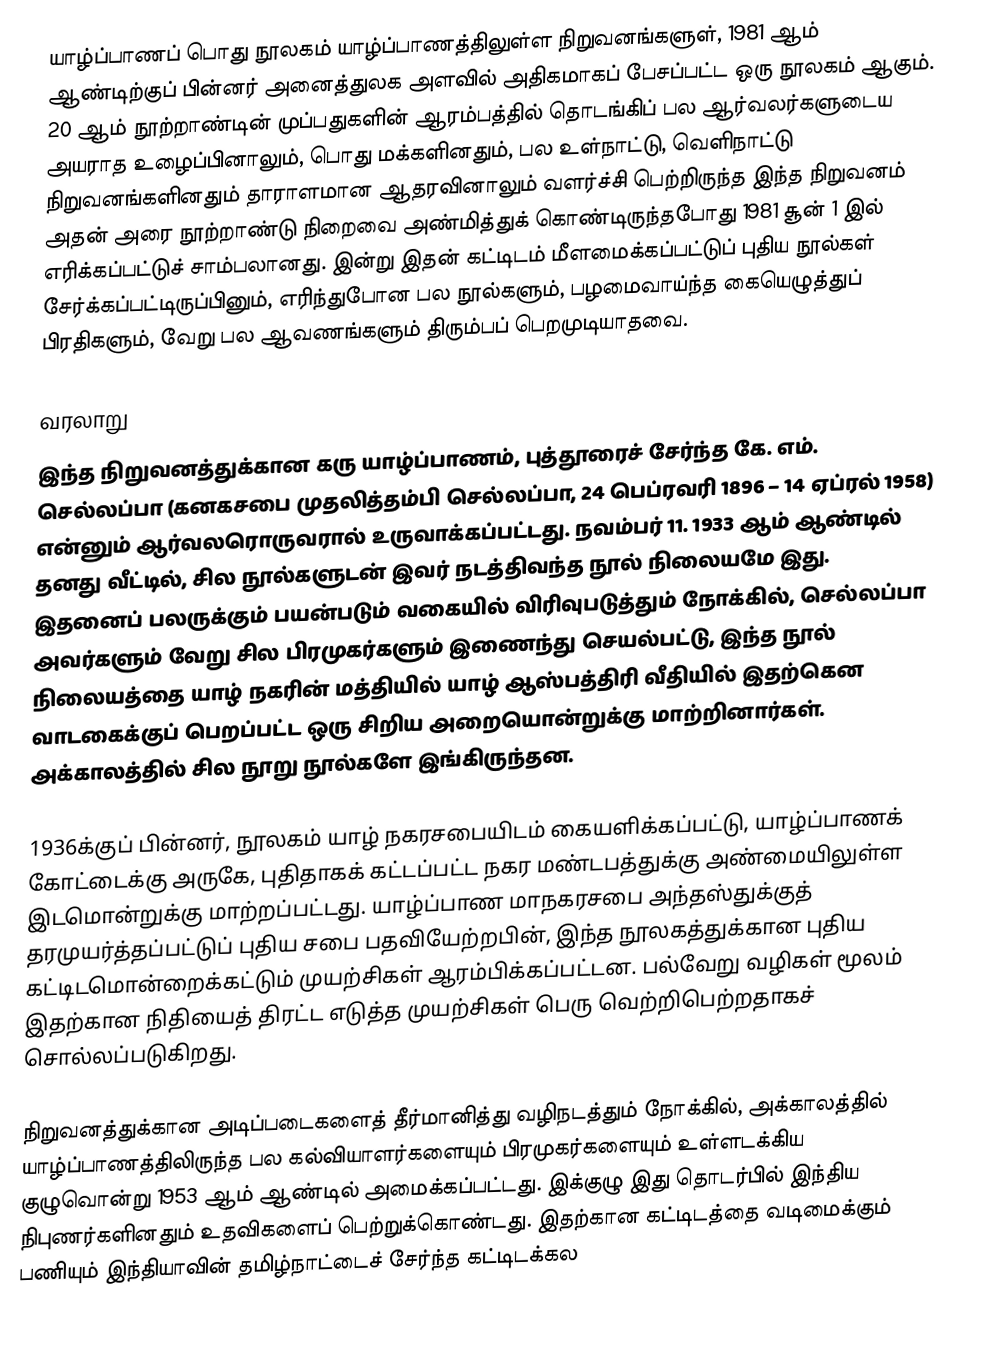
யாழ்ப்பாணப் பொது நூலகம் யாழ்ப்பாணத்திலுள்ள நிறுவனங்களுள், 1981 ஆம் ஆண்டிற்குப் பின்னர் அனைத்துலக அளவில் அதிகமாகப் பேசப்பட்ட ஒரு நூலகம் ஆகும். 20 ஆம் நூற்றாண்டின் முப்பதுகளின் ஆரம்பத்தில் தொடங்கிப் பல ஆர்வலர்களுடைய அயராத உழைப்பினாலும், பொது மக்களினதும், பல உள்நாட்டு, வெளிநாட்டு நிறுவனங்களினதும் தாராளமான ஆதரவினாலும் வளர்ச்சி பெற்றிருந்த இந்த நிறுவனம் அதன் அரை நூற்றாண்டு நிறைவை அண்மித்துக் கொண்டிருந்தபோது 1981 சூன் 1 இல் எரிக்கப்பட்டுச் சாம்பலானது. இன்று இதன் கட்டிடம் மீளமைக்கப்பட்டுப் புதிய நூல்கள் சேர்க்கப்பட்டிருப்பினும், எரிந்துபோன பல நூல்களும், பழமைவாய்ந்த கையெழுத்துப் பிரதிகளும், வேறு பல ஆவணங்களும் திரும்பப் பெறமுடியாதவை.

வரலாறு
இந்த நிறுவனத்துக்கான கரு யாழ்ப்பாணம், புத்தூரைச் சேர்ந்த கே. எம். செல்லப்பா (கனகசபை முதலித்தம்பி செல்லப்பா, 24 பெப்ரவரி 1896 – 14 ஏப்ரல் 1958) என்னும் ஆர்வலரொருவரால் உருவாக்கப்பட்டது. நவம்பர் 11. 1933 ஆம் ஆண்டில் தனது வீட்டில், சில நூல்களுடன் இவர் நடத்திவந்த நூல் நிலையமே இது. இதனைப் பலருக்கும் பயன்படும் வகையில் விரிவுபடுத்தும் நோக்கில், செல்லப்பா அவர்களும் வேறு சில பிரமுகர்களும் இணைந்து செயல்பட்டு, இந்த நூல் நிலையத்தை யாழ் நகரின் மத்தியில் யாழ் ஆஸ்பத்திரி வீதியில் இதற்கென வாடகைக்குப் பெறப்பட்ட ஒரு சிறிய அறையொன்றுக்கு மாற்றினார்கள். அக்காலத்தில் சில நூறு நூல்களே இங்கிருந்தன.

1936க்குப் பின்னர், நூலகம் யாழ் நகரசபையிடம் கையளிக்கப்பட்டு, யாழ்ப்பாணக் கோட்டைக்கு அருகே, புதிதாகக் கட்டப்பட்ட நகர மண்டபத்துக்கு அண்மையிலுள்ள இடமொன்றுக்கு மாற்றப்பட்டது. யாழ்ப்பாண மாநகரசபை அந்தஸ்துக்குத் தரமுயர்த்தப்பட்டுப் புதிய சபை பதவியேற்றபின், இந்த நூலகத்துக்கான புதிய கட்டிடமொன்றைக்கட்டும் முயற்சிகள் ஆரம்பிக்கப்பட்டன. பல்வேறு வழிகள் மூலம் இதற்கான நிதியைத் திரட்ட எடுத்த முயற்சிகள் பெரு வெற்றிபெற்றதாகச் சொல்லப்படுகிறது.

நிறுவனத்துக்கான அடிப்படைகளைத் தீர்மானித்து வழிநடத்தும் நோக்கில், அக்காலத்தில் யாழ்ப்பாணத்திலிருந்த பல கல்வியாளர்களையும் பிரமுகர்களையும் உள்ளடக்கிய குழுவொன்று 1953 ஆம் ஆண்டில் அமைக்கப்பட்டது. இக்குழு இது தொடர்பில் இந்திய நிபுணர்களினதும் உதவிகளைப் பெற்றுக்கொண்டது. இதற்கான கட்டிடத்தை வடிமைக்கும் பணியும் இந்தியாவின் தமிழ்நாட்டைச் சேர்ந்த கட்டிடக்கல